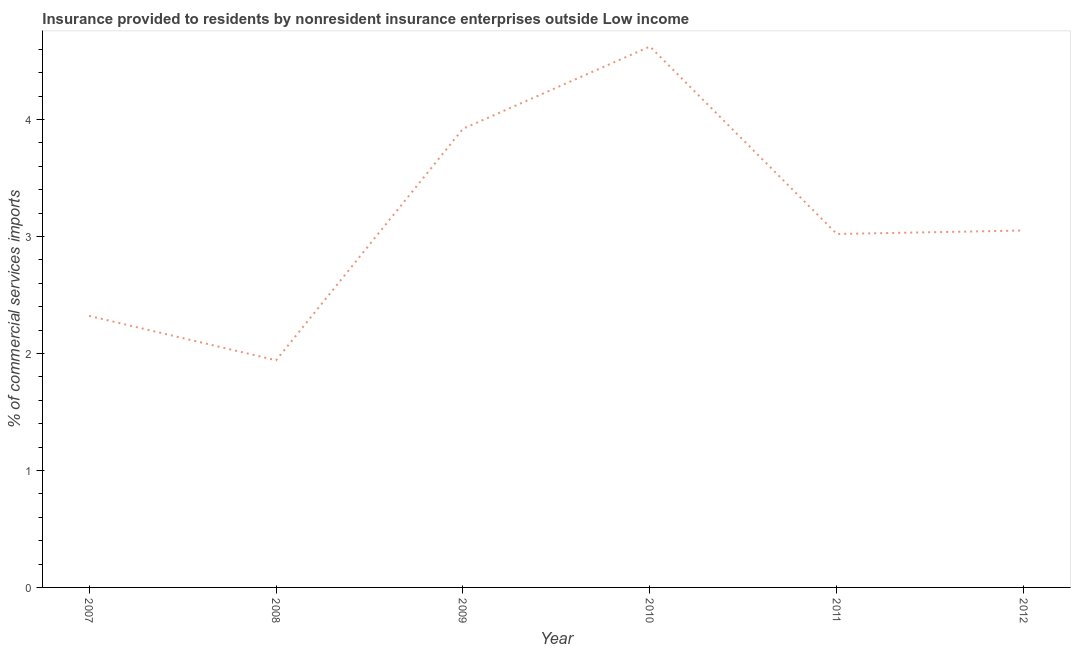
| Year | Insurance provided by non-residents |
 | --- | --- |
 | 2007 | 2.32 |
 | 2008 | 1.94 |
 | 2009 | 3.92 |
 | 2010 | 4.62 |
 | 2011 | 3.02 |
 | 2012 | 3.05 |